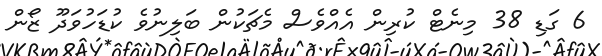
6 ގަޑި 38 މިނެޓް ކުރިން އެއްވެސް މެޗަކުން ބަލިނުވެ ކުޑަހުވަދޫ ޒޯން